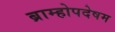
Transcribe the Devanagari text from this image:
ब्राम्होपदेषम